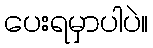
ပေးရမှာပါပဲ။